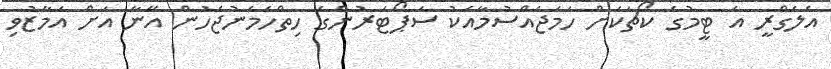
އެލެގްރީ އެ ޓީމުގެ ކޯޗަކަށް ހަމަޖެއްސުމާއެކު ސަޕޯޓަރުންގެ ހިތްހަމަނުޖެހުން އޭނާ އަށް އަމާޒުވި